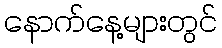
နောက်နေ့များတွင်